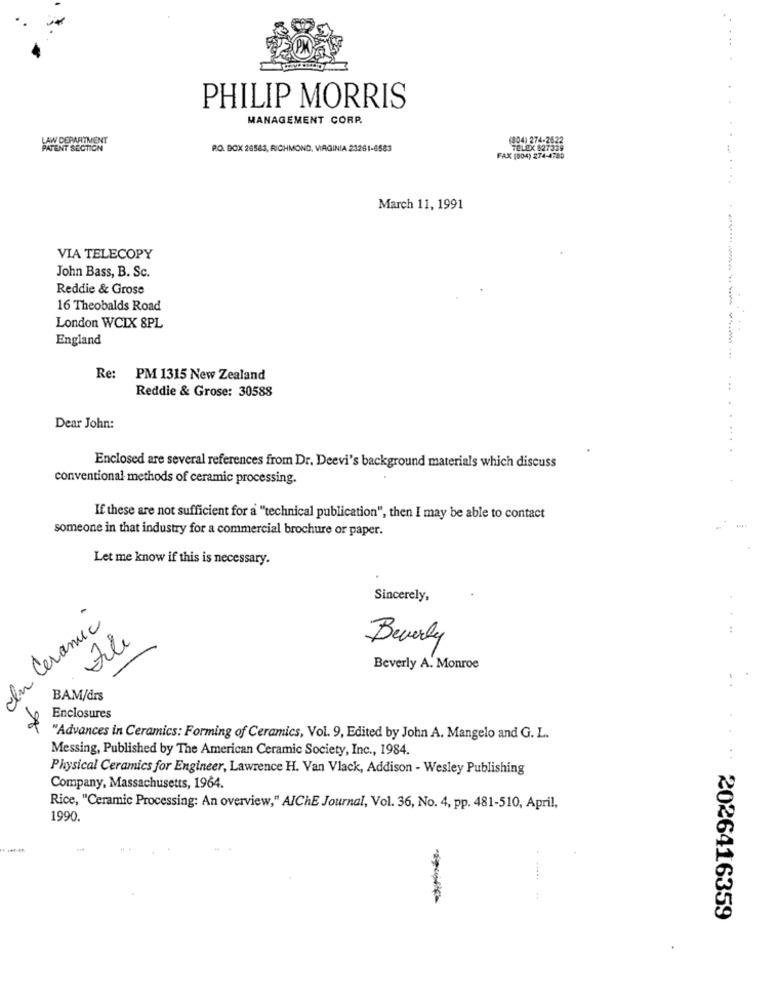
...
PHILIP MORRIS
MANAGEMENT CORP.
LAW DEPARTMENT
(804) 274-2622
PATENT SECTION
P.O. BOX 26583, RICHMOND, VIRGINIA 23261-6583
TELEX 827339
.. .
FAX (004) 274-4780
March 11, 1991
VIA TELECOPY
John Bass, B. Sc.
Reddie & Grose
16 Theobalds Road
London WCIX 8PL
England
--------
Re
PM 1315 New Zealand
Reddie & Grose: 30588
...
Dear John:
Enclosed are several references from Dr. Deevi's background materials which discuss
conventional methods of ceramic processing.
If these are not sufficient for a "technical publication", then I may be able to contact
someone in that industry for a commercial brochure or paper.
Let me know if this is necessary.
Sincerely,
In Ceramic
:
Beverly
Beverly A. Monroe
..
BAM/drs
Enclosures
"Advances in Ceramics: Forming of Ceramics, Vol. 9, Edited by John A. Mangelo and G. L.
Messing, Published by The American Ceramic Society, Inc ., 1984.
...
Physical Ceramics for Engineer, Lawrence H. Van Vlack, Addison - Wesley Publishing
Company, Massachusetts, 1964.
Rice, "Ceramic Processing: An overview," AIChE Journal, Vol. 36, No. 4, pp. 481-510, April,
1990.
.....
-
2026416359